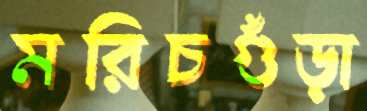
মরিচগুঁড়া